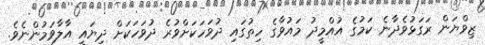
ޒިވްޔަން ރަގަޅުވެދާނެ ކަމުގެ އުއްމީދު މައުވާގެ ހިތުގައި ދުވަހަކަށްވުރެ ދުވަހަކަށް ދިޔައީ އާލާވަމުންނެވެ.